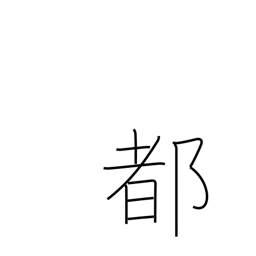
Meaning: metropolis